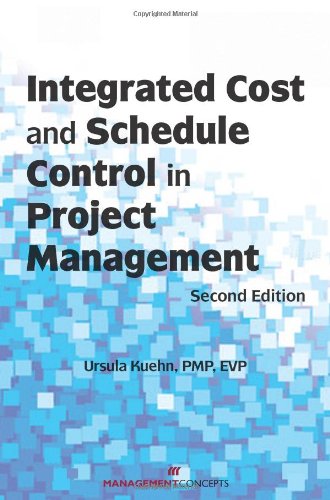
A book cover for Integrated Cost and Schedule Control in Project Management, Second Edition; Ursula Kuehn; Business & Money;